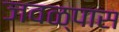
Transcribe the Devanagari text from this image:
जवळ्पास